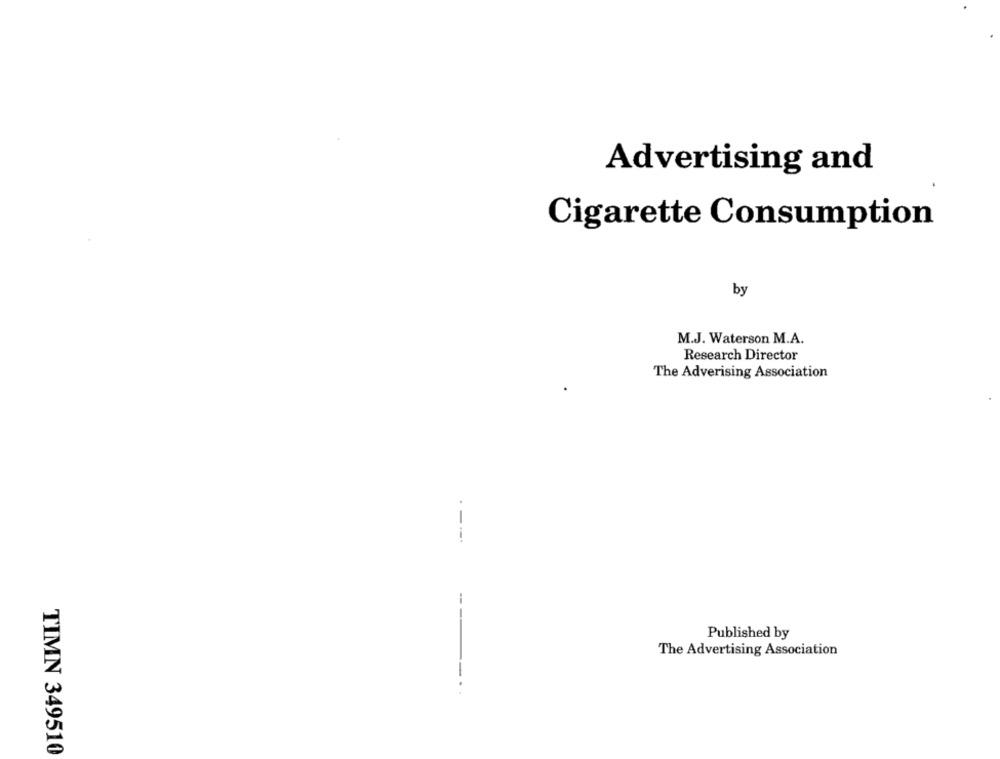
Advertising and
Cigarette Consumption
by
M.J. Waterson M.A.
Research Director
The Adverising Association
---
-
Published by
The Advertising Association
TIMN 349510